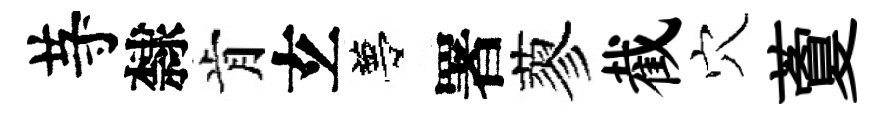
䒭隸肯𤣥夢署蓼截穴藑